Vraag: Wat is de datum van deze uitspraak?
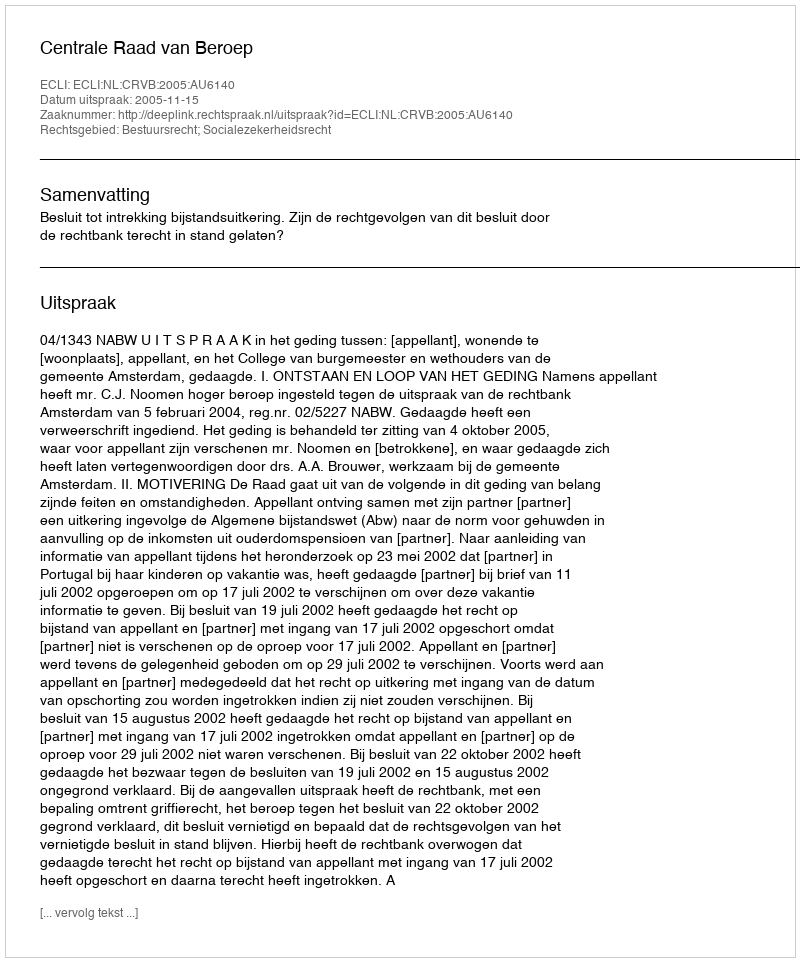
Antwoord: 2005-11-15